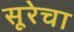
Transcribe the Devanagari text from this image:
सूरेचा